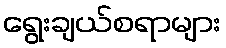
ရွေးချယ်စရာများ